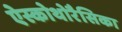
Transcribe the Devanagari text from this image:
ऐस्कोथोरैसिका